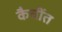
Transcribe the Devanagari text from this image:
कैचींत